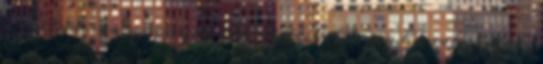
a palládium szárnyalni kezdett, és három hónap alatt 18